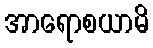
အာရောစယာမိ